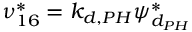
\nu _ { 1 6 } ^ { * } = k _ { d , P H } \psi _ { d _ { P H } } ^ { * }